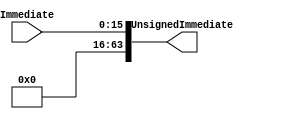
module ZeroExtension (UnsignedImmediate, Immediate);

// input
	input [15:0] Immediate;
	
// output
	output reg [63:0] UnsignedImmediate;
	
	always @(*)
		begin
			UnsignedImmediate [15:0] <= Immediate [15:0];
			UnsignedImmediate [63:16] <= 48'h0000;
		end
 
endmodule